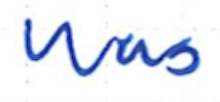
Text: was
Cross-out: clean
Writing tool: ballpoint